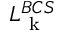
L _ { \mathrm { ~ k ~ } } ^ { B C S }